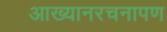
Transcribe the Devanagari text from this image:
आख्यानरचनापण